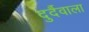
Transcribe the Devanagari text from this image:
दुर्दैवाला